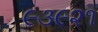
૯૩૯૨૧